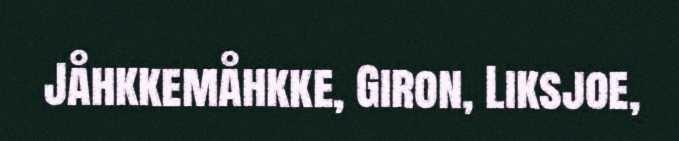
Jåhkkemåhkke, Giron, Liksjoe,